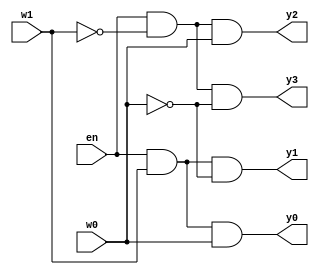
module twotoFourDecoder(y3,y2,y1,y0,en,w1,w0);
input en,w1,w0;
output y3,y2,y1,y0;
wire i1,i2;
not a1(i1,w1);
not a0(i0,w0);

and a2(y3,en,i1,i0);
and a3(y2,en,i1,w0);
and a4(y1,en,w1,i0);
and a5(y0,en,w1,w0);

endmodule

module test;
reg en,w1,w0;
wire y3,y2,y1,y0;
twotoFourDecoder i(y3,y2,y1,y0,en,w1,w0);
initial
begin
   en=1'b0;
   w1=1'b0;
   w0=1'b0;

    $monitor("time:%0t,en=%b,w1=%b,w0=%b,y3=%b,y2=%b,y1=%b,y0=%b",$time,en,w1,w0,y3,y2,y1,y0);
    #5 en=1'b1; w1=1'b0; w0=1'b0;
    #5 en=1'b1; w1=1'b0; w0=1'b1;
    #5 en=1'b1; w1=1'b1; w0=1'b0;
    #5 en=1'b1; w1=1'b1; w0=1'b1;
end
endmodule